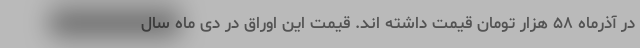
در آذرماه ۵۸ هزار تومان قیمت داشته اند. قیمت این اوراق در دی ماه سال